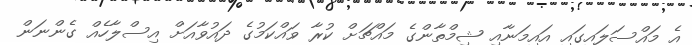
އެ މައްސަލައިގައި އައިމަނާއި ޝިމްތާންގެ މައްޗަށް ކުރާ ވައްކަމުގެ ދައުވާއަށް އިސްލާހެއް ގެންނަން